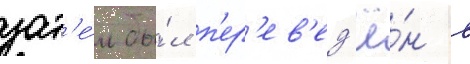
зат'е́м бы́л п'ер'ев'ед'ё́н в